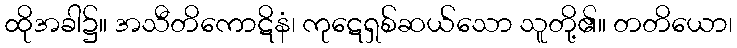
ထိုအခါ၌။ အသီတိကောဋိနံ၊ ကုဋေရှစ်ဆယ်သော သူတို့၏။ တတိယော၊